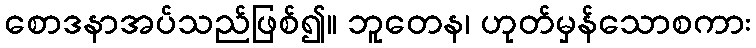
စောဒနာအပ်သည်ဖြစ်၍။ ဘူတေန၊ ဟုတ်မှန်သောစကား